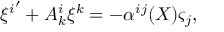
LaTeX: { \xi ^ { i } } ^ { \prime } + A _ { k } ^ { i } \xi ^ { k } = - \alpha ^ { i j } ( X ) \varsigma _ { j } ,